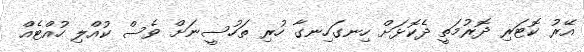
އޭރު ކޮޓަރި ދޮރުމަތީ ދެކޮޅަށް ހިނގަހިނގާ ހުރި ތަހުސީނަށް ވެސް ކުއްލި ހުއްޓެއް